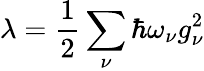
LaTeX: \lambda=\frac{1}{2}\sum_{\nu}\hbar\omega_{\nu}g_{\nu}^{2}